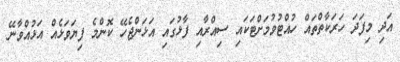
އަދި މިފަދަ ހަރަކާތްތައް ހުއްޓުވުމަށްޓަކައި ސިއްރާއި ފާޅުގައި އަޅަންޖެހޭ ކޮންމެ ފިޔަވަޅެއް އަޅުއްވާނޭ